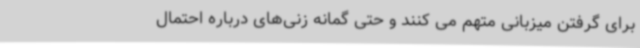
برای گرفتن میزبانی متهم می کنند و حتی گمانه زنی‌های درباره احتمال